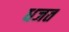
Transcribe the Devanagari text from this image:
धजत